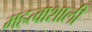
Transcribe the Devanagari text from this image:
महत्वाशाली